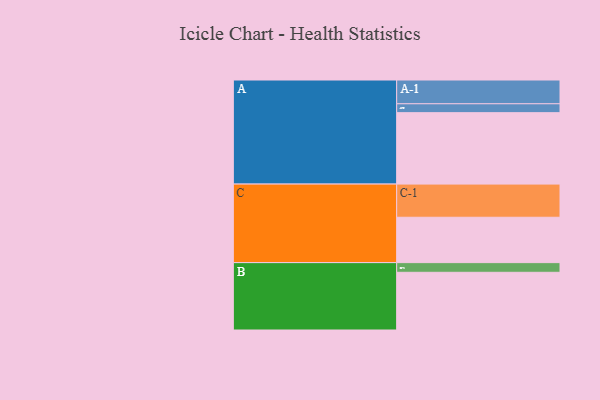
{"axis": {"x": "Segment", "y": "Value"}, "legend": ["", "A", "B", "C"], "data": [{"x": "A", "y": 562, "type": ""}, {"x": "B", "y": 454, "type": ""}, {"x": "C", "y": 357, "type": ""}, {"x": "A-1", "y": 187, "type": "A"}, {"x": "A-2", "y": 70, "type": "A"}, {"x": "B-1", "y": 76, "type": "B"}, {"x": "C-1", "y": 261, "type": "C"}]}